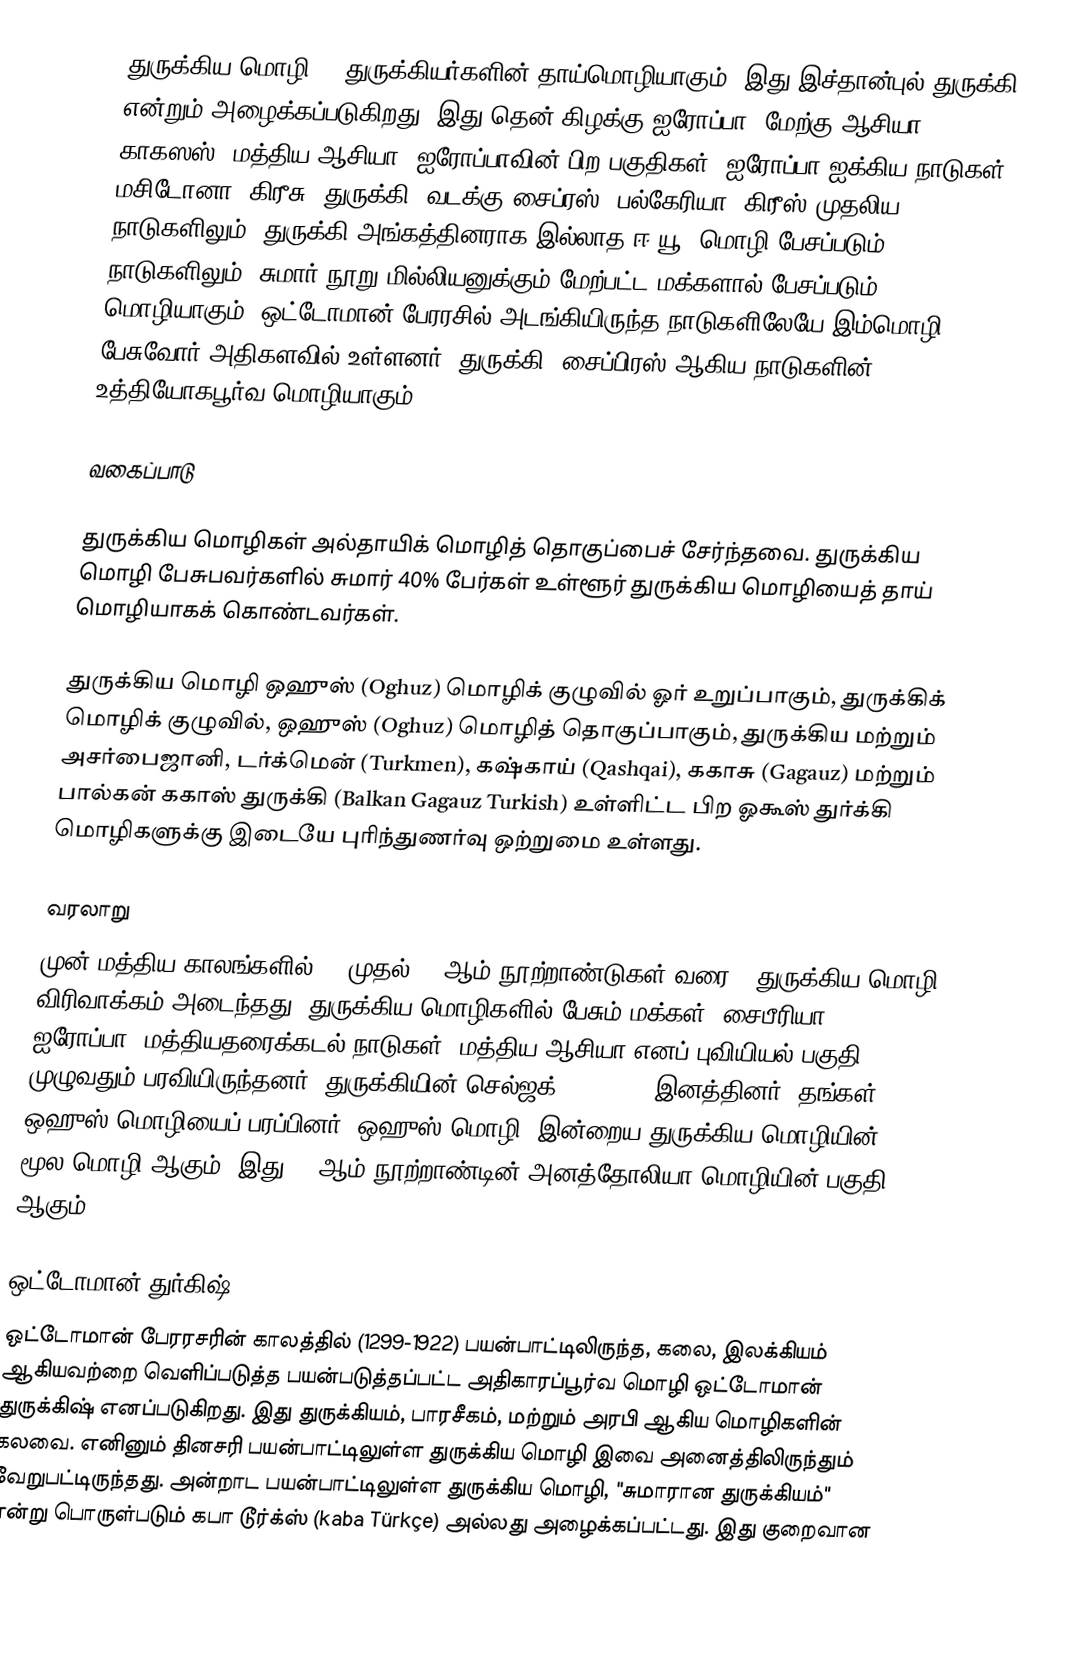
துருக்கிய மொழி () துருக்கியர்களின் தாய்மொழியாகும். இது இச்தான்புல் துருக்கி என்றும் அழைக்கப்படுகிறது. இது தென் கிழக்கு ஐரோப்பா, மேற்கு ஆசியா, காகஸஸ், மத்திய ஆசியா, ஐரோப்பாவின் பிற பகுதிகள், ஐரோப்பா ஐக்கிய நாடுகள், மசிடோனா, கிரீசு,  துருக்கி, வடக்கு சைப்ரஸ், பல்கேரியா, கிரீஸ் முதலிய நாடுகளிலும், துருக்கி அங்கத்தினராக இல்லாத ஈ.யூ. மொழி பேசப்படும் நாடுகளிலும், சுமார் நூறு மில்லியனுக்கும் மேற்பட்ட மக்களால் பேசப்படும் மொழியாகும். ஒட்டோமான் பேரரசில் அடங்கியிருந்த நாடுகளிலேயே இம்மொழி பேசுவோர் அதிகளவில் உள்ளனர். துருக்கி, சைப்பிரஸ் ஆகிய நாடுகளின் உத்தியோகபூர்வ மொழியாகும்.

வகைப்பாடு

துருக்கிய மொழிகள் அல்தாயிக் மொழித் தொகுப்பைச் சேர்ந்தவை. துருக்கிய மொழி பேசுபவர்களில்  சுமார் 40% பேர்கள் உள்ளூர் துருக்கிய மொழியைத் தாய் மொழியாகக் கொண்டவர்கள்.

துருக்கிய மொழி ஒஹுஸ் (Oghuz) மொழிக் குழுவில் ஓர் உறுப்பாகும்,  துருக்கிக் மொழிக் குழுவில், ஒஹுஸ் (Oghuz)  மொழித் தொகுப்பாகும், துருக்கிய மற்றும் அசர்பைஜானி, டர்க்மென் (Turkmen), கஷ்காய் (Qashqai), ககாசு (Gagauz) மற்றும் பால்கன் ககாஸ் துருக்கி (Balkan Gagauz Turkish) உள்ளிட்ட பிற ஓகூஸ் துர்க்கி மொழிகளுக்கு இடையே புரிந்துணர்வு ஒற்றுமை உள்ளது.

வரலாறு
முன் மத்திய காலங்களில் (6 முதல் 11 ஆம் நூற்றாண்டுகள் வரை), துருக்கிய மொழி விரிவாக்கம் அடைந்தது. துருக்கிய மொழிகளில் பேசும் மக்கள், சைபீரியா, ஐரோப்பா, மத்தியதரைக்கடல் நாடுகள், மத்திய ஆசியா எனப் புவியியல் பகுதி முழுவதும் பரவியிருந்தனர். துருக்கியின் செல்ஜக் (Seljuqs) இனத்தினர், தங்கள் ஒஹுஸ் மொழியைப் பரப்பினர். ஒஹுஸ் மொழி, இன்றைய துருக்கிய மொழியின் மூல மொழி ஆகும். இது 11 ஆம் நூற்றாண்டின் அனத்தோலியா மொழியின் பகுதி ஆகும்.

ஒட்டோமான் துர்கிஷ்
ஒட்டோமான் பேரரசரின் காலத்தில் (1299-1922) பயன்பாட்டிலிருந்த, கலை, இலக்கியம் ஆகியவற்றை வெளிப்படுத்த பயன்படுத்தப்பட்ட அதிகாரப்பூர்வ மொழி ஒட்டோமான் துருக்கிஷ் எனப்படுகிறது. இது துருக்கியம், பாரசீகம், மற்றும் அரபி ஆகிய மொழிகளின் கலவை. எனினும் தினசரி பயன்பாட்டிலுள்ள துருக்கிய மொழி இவை அனைத்திலிருந்தும் வேறுபட்டிருந்தது.  அன்றாட பயன்பாட்டிலுள்ள துருக்கிய மொழி, "சுமாரான துருக்கியம்" என்று பொருள்படும் கபா டூர்க்ஸ் (kaba Türkçe) அல்லது அழைக்கப்பட்டது. இது குறைவான க